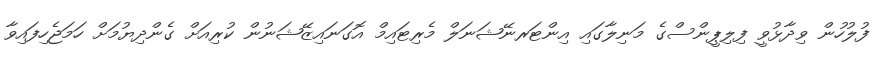
ފުލުހުން ވިދާޅުވީ ފިލިޕީންސްގެ މަނިލާގައި އިންޓަރނޭޝަނަލް މެރިޓައިމް އޮގަނައިޒޭޝަނުން ކުރިއަށް ގެންދިޔުމަށް ހަމަޖެހިފައިވާ